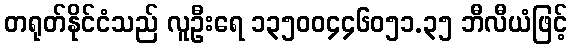
တရုတ်နိုင်ငံသည် လူဦးရေ ၁၃၅၀၀၄၄၆၀၅၁.၃၅ ဘီလီယံဖြင့်